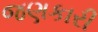
જણકારી